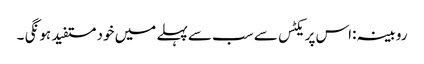
روبینہ :اس پریکٹس سے سب سے پہلے میں خود مستفید ہو نگی ۔